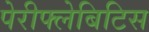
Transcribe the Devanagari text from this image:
पेरीफ्लेबिटिस